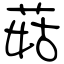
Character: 菇